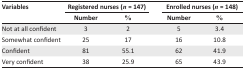
| Variables | <COLSPAN=2> Registered nurses (n = 147) | <COLSPAN=2> Enrolled nurses (n = 148) |
 |  | Number | % | Number | % |
 | --- | --- | --- | --- | --- |
 | Not at all confident | 3 | 2 | 5 | 3.4 |
 | Somewhat confident | 25 | 17 | 16 | 10.8 |
 | Confident | 81 | 55.1 | 62 | 41.9 |
 | Very confident | 38 | 25.9 | 65 | 43.9 |